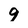
Character: 9